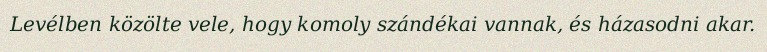
Levélben közölte vele, hogy komoly szándékai vannak, és házasodni akar.